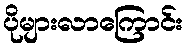
ပိုများလာကြောင်း